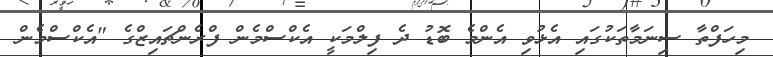
މިހަފްތާ ސިނަމާތަކުގައި އެޅުވި އެންމެ ބޮޑު ދެ ފިލްމަކީ އެކްސްމެން ފްރެންޗައިޒްގެ "އެކްސްމެން